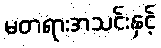
မတရားအသင်းနှင့်